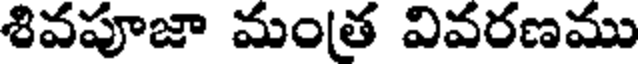
శివపూజా మంత వివరణము